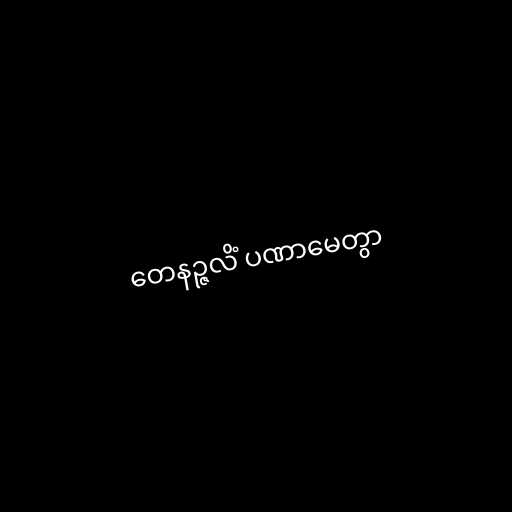
တေနဉ္ဇလိံ ပဏာမေတွာ